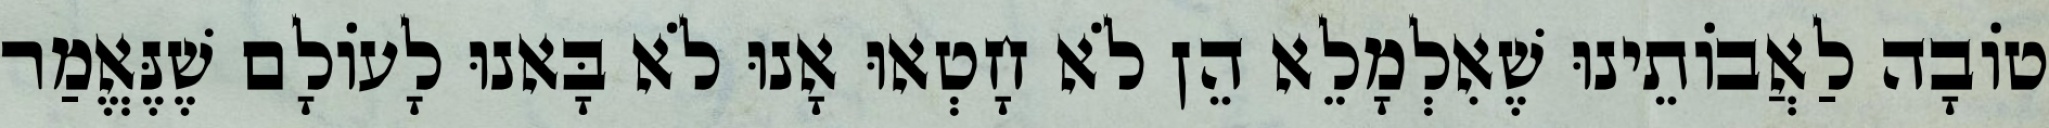
טוֹבָה לַאֲבוֹתֵינוּ שֶׁאִלְמָלֵא הֵן לֹא חָטְאוּ אָנוּ לֹא בָּאנוּ לָעוֹלָם שֶׁנֶּאֱמַר